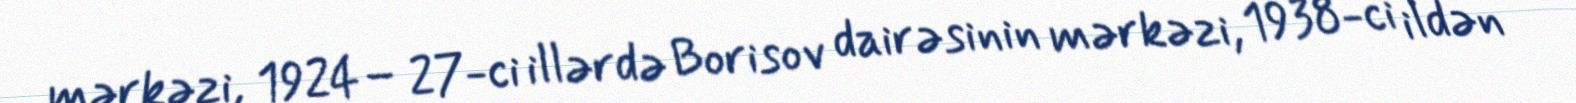
mərkəzi, 1924– 27-ci illərdə Borisov dairəsinin mərkəzi, 1938-ci ildən